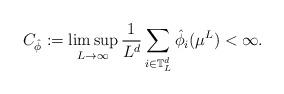
LaTeX: \begin{align*} C_{\hat\phi}:=\limsup_{L\to\infty}\frac 1{L^d}\sum_{i\in\mathbb T_L^d}\hat\phi_i(\mu^L)<\infty.\end{align*}